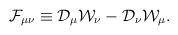
LaTeX: \begin{align*}{\cal F}_{\mu\nu} \equiv {\cal D}_{\mu} {\cal W}_{\nu} - {\cal D}_{\nu} {\cal W}_{\mu}.\end{align*}